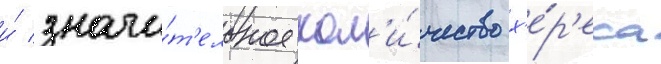
и́ значи́т'ельное кол'и́чество х'е́р'еса